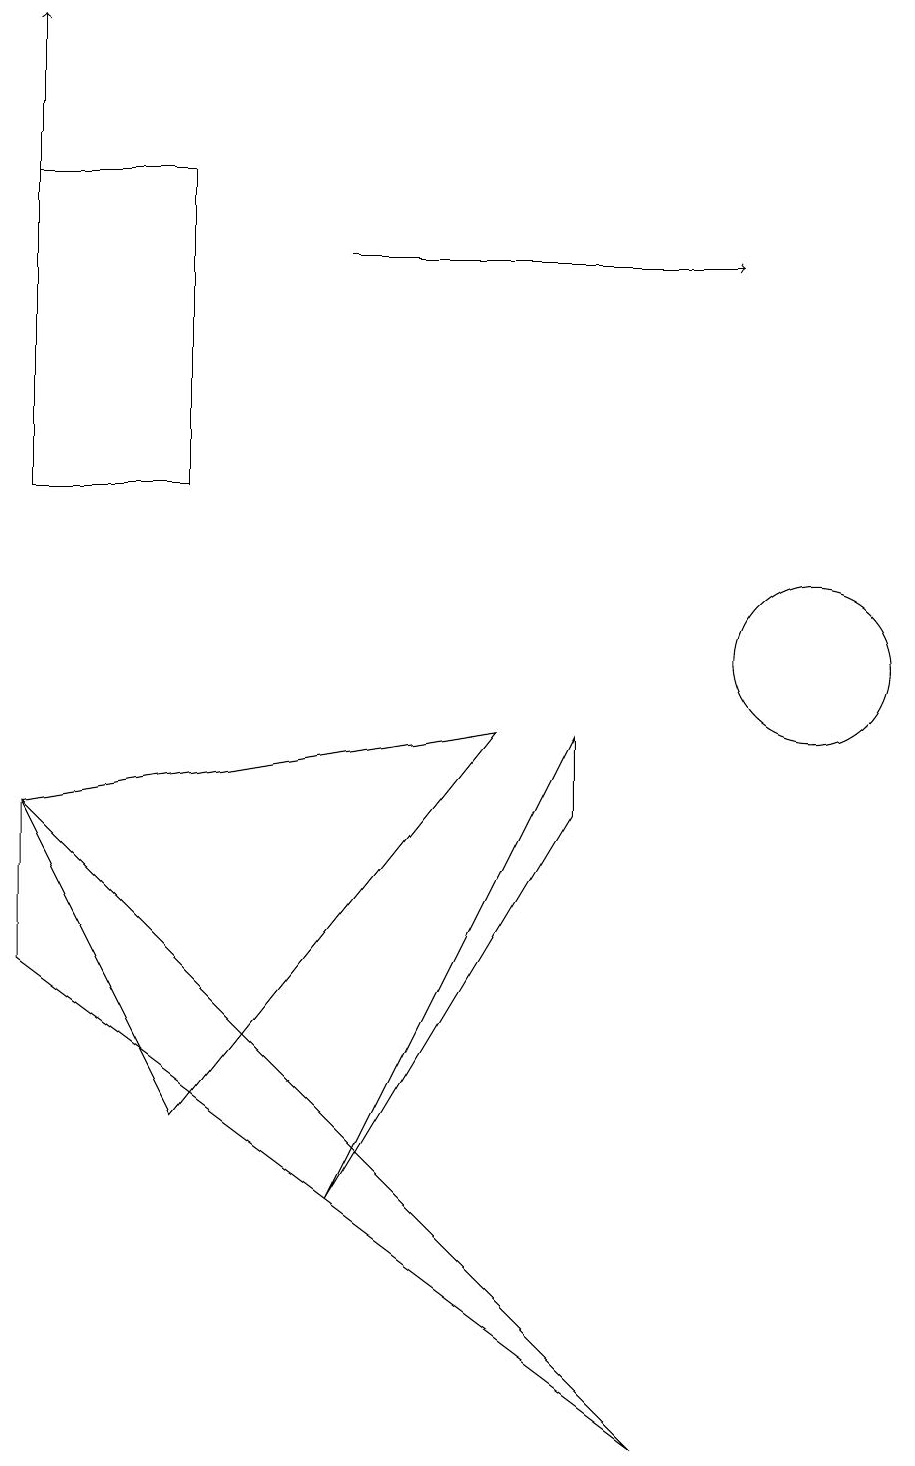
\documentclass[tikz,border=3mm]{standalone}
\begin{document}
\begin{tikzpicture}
\draw (0,12) rectangle (2,16);
\draw (10,12) circle (0);
\draw (0,6) -- (8,0) -- (0,8) -- cycle;
\draw (7,8) -- (7,9) -- (4,3) -- cycle;
\draw (2,4) -- (6,9) -- (0,8) -- cycle;
\draw (10,10) circle (1);
\draw[->] (4,15) -- (9,15);
\draw[->] (0,15) -- (0,18);
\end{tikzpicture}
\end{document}